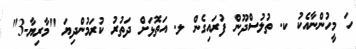
ހަ މީހުންނާއެކު ކ. ތުލުސްދޫން ފުރައިގެން ލ. އަތޮޅަށް ދަތުރު ކުރަމުންދިޔަ "މާރިޔާ-3"